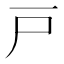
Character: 戸